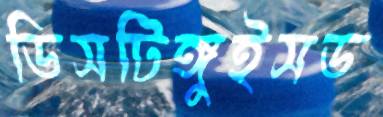
ডিসটিঙ্গুইসড